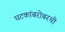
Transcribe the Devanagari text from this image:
घटकांबरोबरची